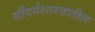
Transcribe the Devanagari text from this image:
सौंदर्यशास्त्रातील